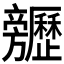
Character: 𣄬